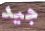
جيد